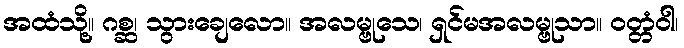
အထံသို့။ ဂစ္ဆ၊ သွားချေလော။ အလမ္ဗုသေ၊ ရှင်မအလမ္ဗုသာ။ ဝတ္တံဝါ၊